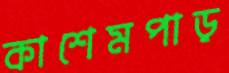
কাশেমপাড়